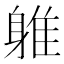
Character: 𲄦